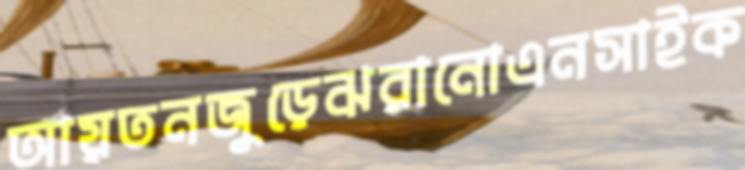
আয়তনজুড়েঝরানোএনসাইক